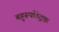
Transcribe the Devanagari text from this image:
बहुरूपकेंद्रक